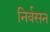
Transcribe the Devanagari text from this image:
निर्वसन